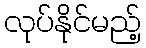
လုပ်နိုင်မည့်